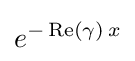
e^{-\operatorname {Re} (\gamma )\,x}